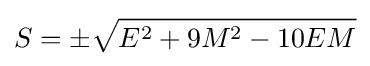
S=\pm {\sqrt {E^{2}+9M^{2}-10EM}}